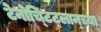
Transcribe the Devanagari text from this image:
टेनोच्टिट्लान्च्या